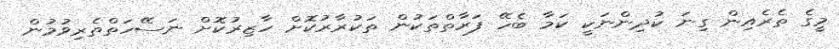
މީގެ ތެރެއިން ގިނަ ކުދިންނަކީ ކަމާ ބެހޭ ފަރާތްތަކުން ތަކުރާރުކޮށް ހާޒިރުކޮށް ނަސޭހަތްތެރިވުމުން